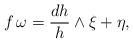
LaTeX: \begin{align*}f\, \omega = \frac{dh}{h} \wedge \xi + \eta,\end{align*}